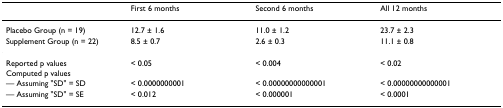
<table><thead><tr><td></td><td><b>First 6 months</b></td><td><b>Second 6 months</b></td><td><b>All 12 months</b></td></tr></thead><tbody><tr><td>Placebo Group (n = 19)</td><td>12.7 ± 1.6</td><td>11.0 ± 1.2</td><td>23.7 ± 2.3</td></tr><tr><td>Supplement Group (n = 22)</td><td>8.5 ± 0.7</td><td>2.6 ± 0.3</td><td>11.1 ± 0.8</td></tr><tr><td>Reported p values</td><td>&lt; 0.05</td><td>&lt; 0.004</td><td>&lt; 0.02</td></tr><tr><td>Computed p values</td><td></td><td></td><td></td></tr><tr><td>— Assuming &quot;SD&quot; = SD</td><td>&lt; 0.0000000001</td><td>&lt; 0.00000000000001</td><td>&lt; 0.00000000000001</td></tr><tr><td>— Assuming &quot;SD&quot; = SE</td><td>&lt; 0.012</td><td>&lt; 0.000001</td><td>&lt; 0.0001</td></tr></tbody></table>